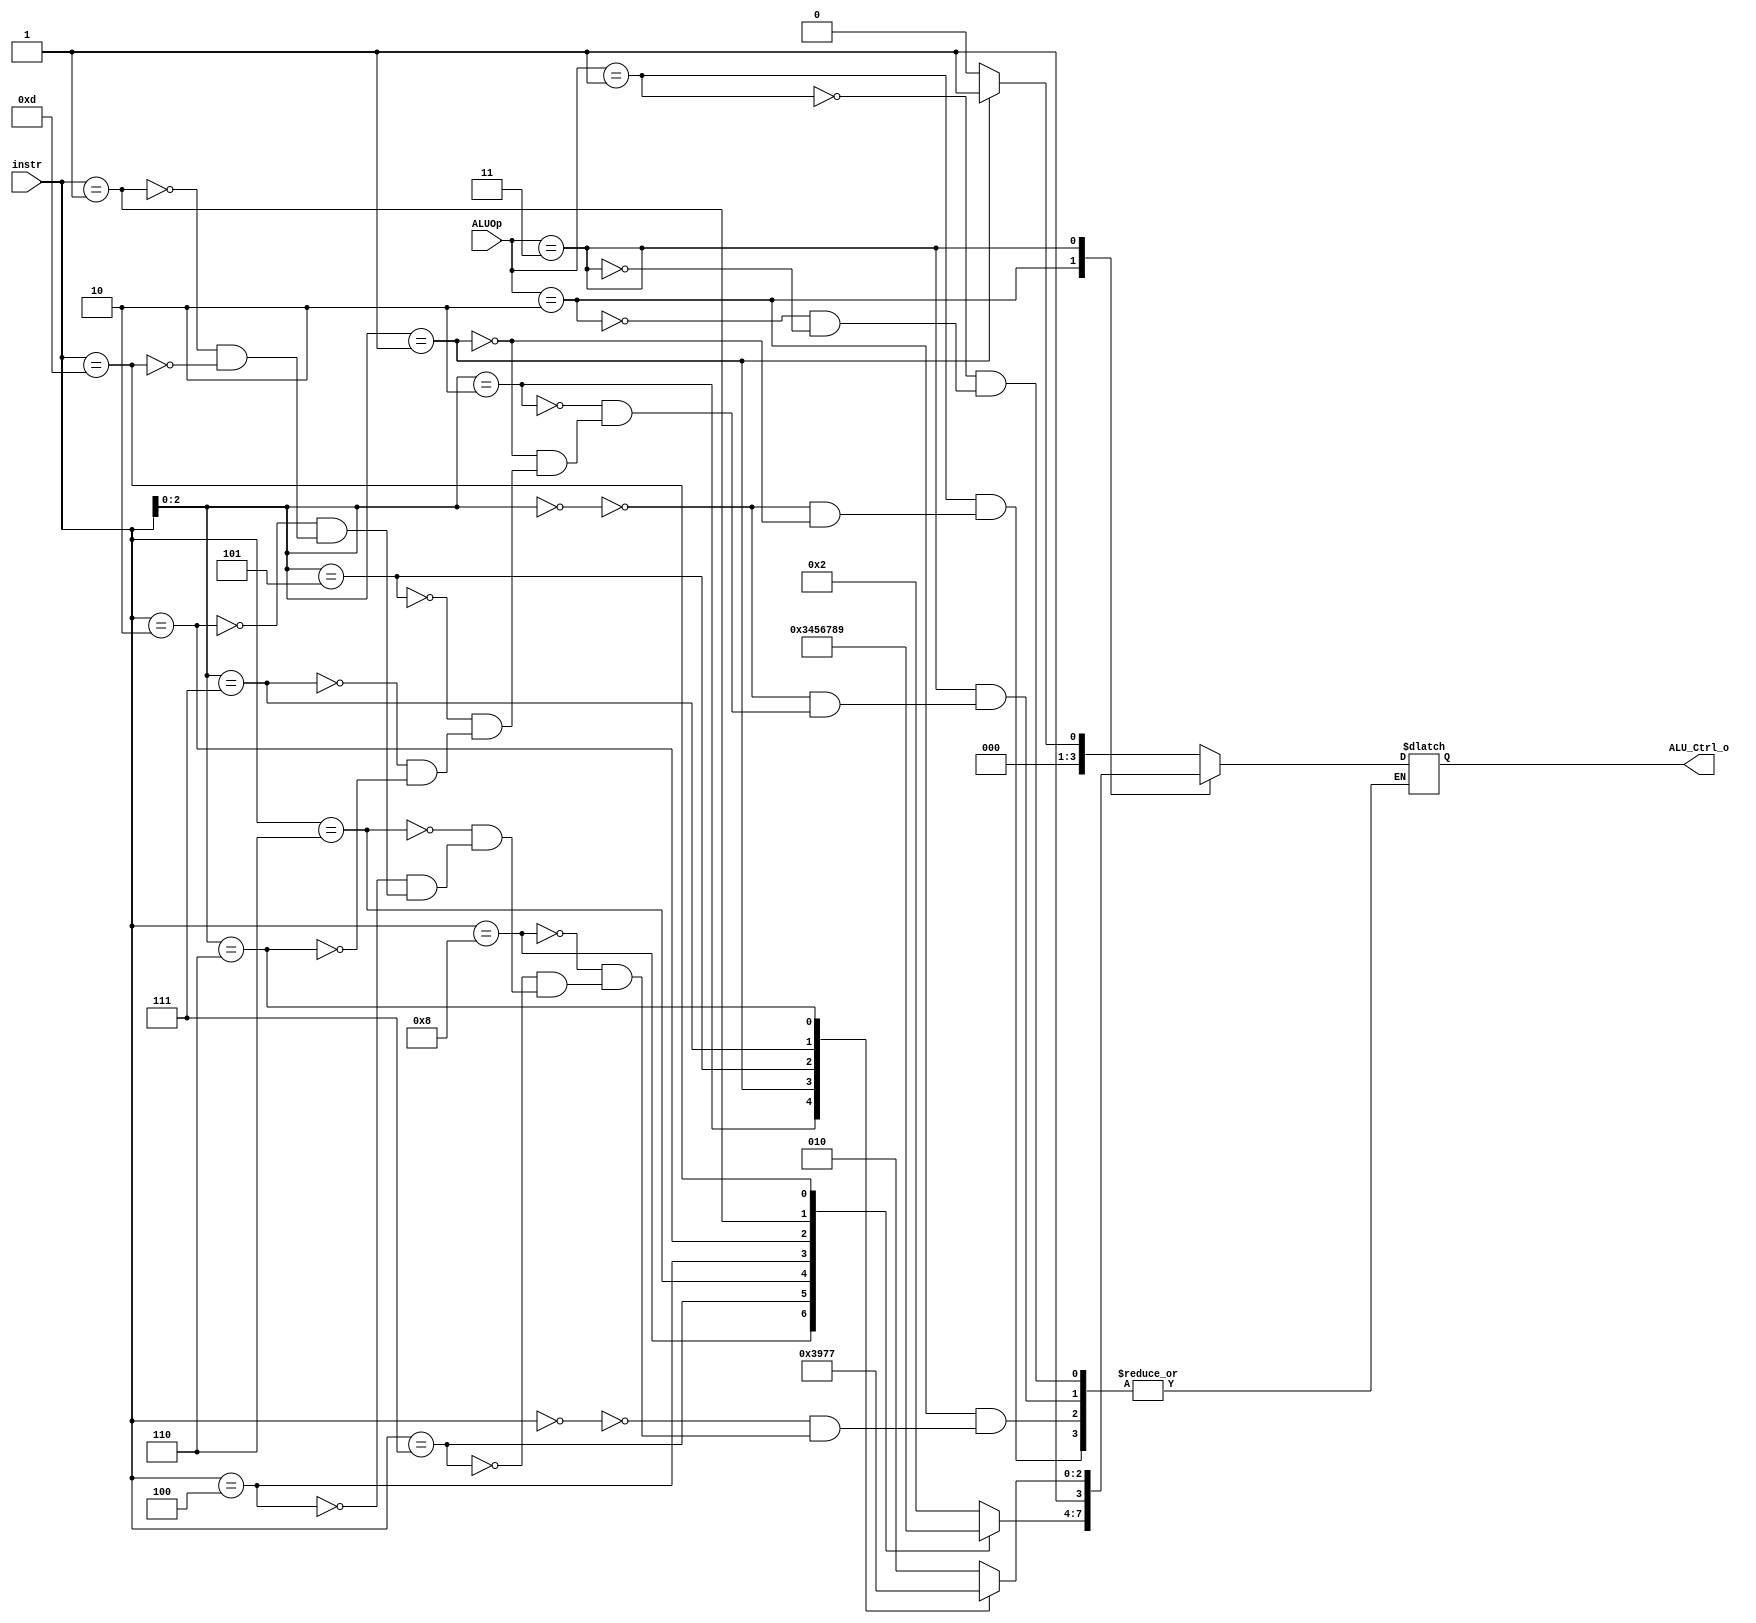
/***************************************************
Student Name:  
Student ID: 0716080  0716203
***************************************************/

`timescale 1ns/1ps

module ALU_Ctrl(
	input	[4-1:0]	instr,
	input	[2-1:0]	ALUOp,
	output reg	[4-1:0] ALU_Ctrl_o
	);
	
/* Write your code HERE */

always @(instr, ALUOp) begin
	case(ALUOp)
		2'b01: begin //B type
			case(instr[3-1:0])
				3'b000: ALU_Ctrl_o <= 4'b0000; //beq
				3'b001: ALU_Ctrl_o <= 4'b0001; //bne
			endcase
		end
		2'b10: begin //R type
			case(instr)
				4'b0000: ALU_Ctrl_o <= 4'b0010; //add
				4'b1000: ALU_Ctrl_o <= 4'b0011; //sub
				4'b0111: ALU_Ctrl_o <= 4'b0100; //and
				4'b0110: ALU_Ctrl_o <= 4'b0101; //or
				4'b0100: ALU_Ctrl_o <= 4'b0110; //xor
				4'b0010: ALU_Ctrl_o <= 4'b0111; //slt
				4'b0001: ALU_Ctrl_o <= 4'b1000; //sll
				4'b1101: ALU_Ctrl_o <= 4'b1001; //sra
			endcase
		end
		2'b11: begin //I type
			case(instr[3-1:0])
				3'b000: ALU_Ctrl_o <= 4'b1010; //addi
				3'b010: ALU_Ctrl_o <= 4'b1011; //slti
				3'b001: ALU_Ctrl_o <= 4'b1100; //slli
				3'b101: ALU_Ctrl_o <= 4'b1101; //srli
				3'b111: ALU_Ctrl_o <= 4'b1110; //andi
				3'b110: ALU_Ctrl_o <= 4'b1111; //ori
			endcase
		end
	endcase
end

endmodule